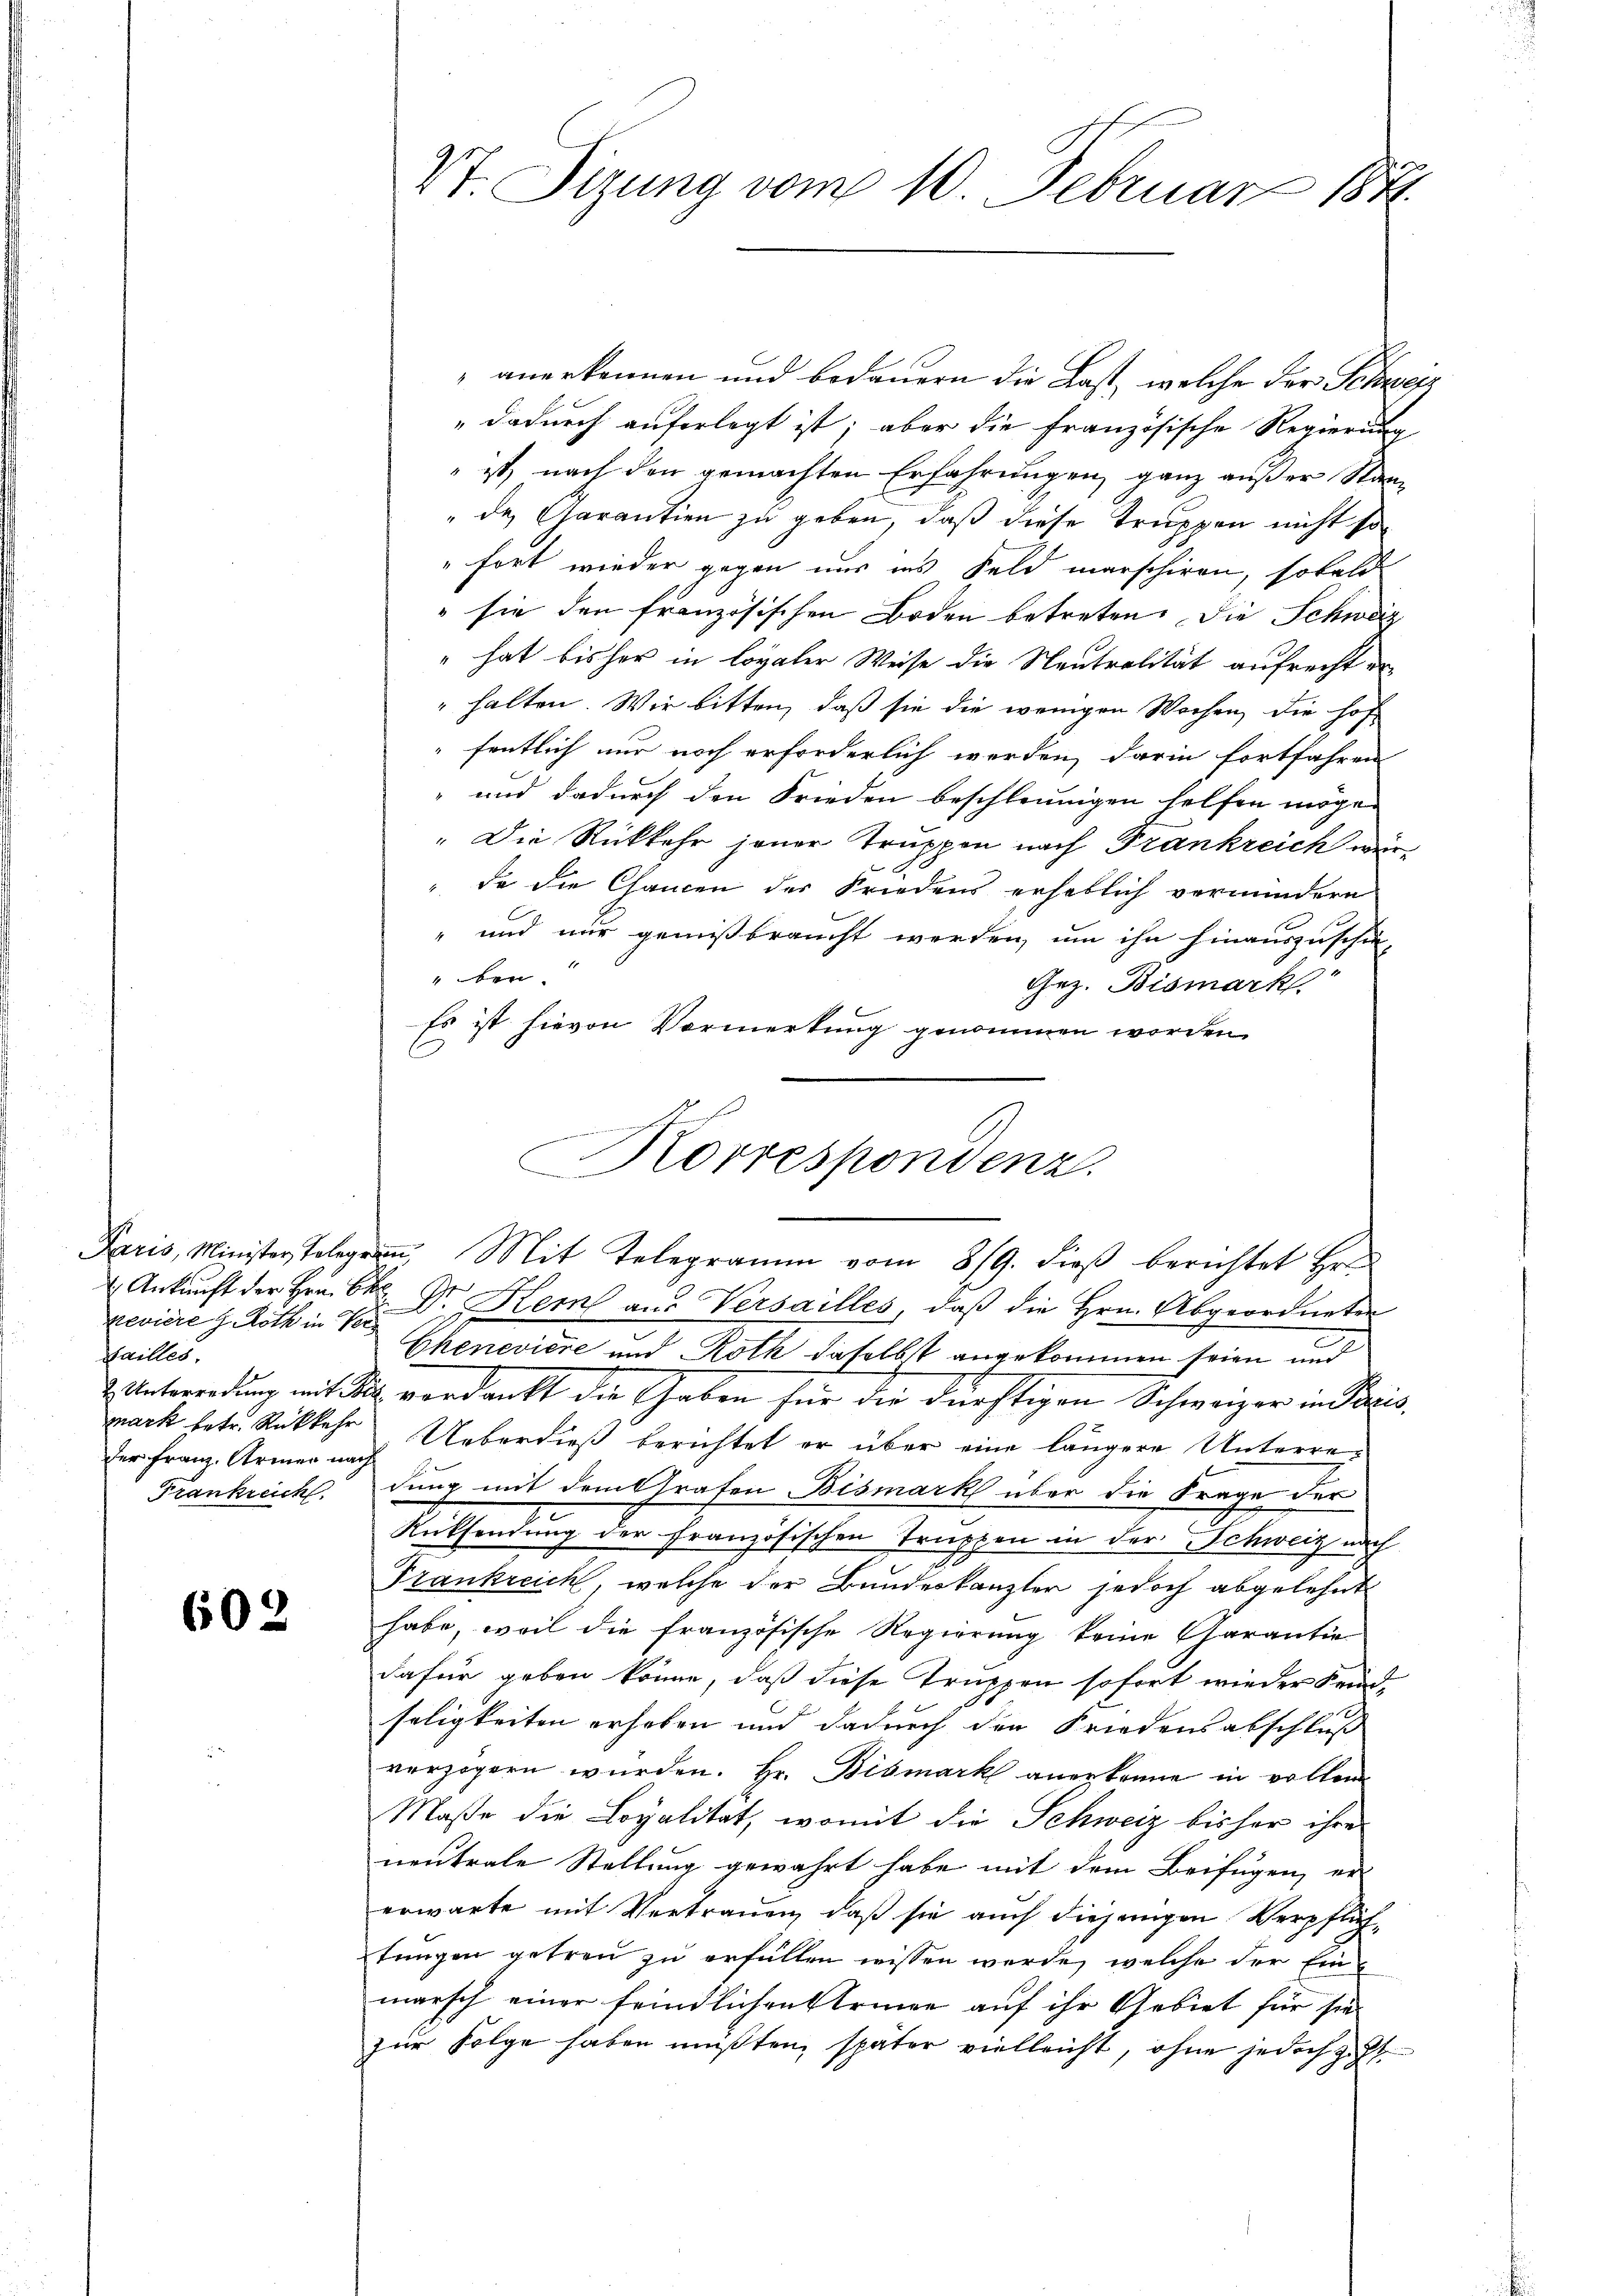
Paris, Minister, Telegr
 Ankunft der Hrn. B.
reviere G. Roth in Ver¬
Hailles,
2 Unterredung mit Be
mark betr. Rückkehr
der Franz. Armen nach
Frankreich

602

Vt. Sizung vom 10. Februar 1841.

anerkennen und bedauern die Last, welche der Schweiz
" dadurch auferlegt ist; aber die französische Regierung
ist nach den gemachten Erfahrungen, ganz außer Stan¬
" des Garantien zu geben, daß diese Truppen nicht so
"fort wieder gegen uns ins Feld marschiren, sobald
 sie den französischen Boden betreten. Die Schweiz
" hat bisher in loyaler Weise die Neutralität aufrecht er¬
" halten. Wir bitten, daß sie die wenigen Wochen, die Hof
fentlich nur noch erforderlich werden, darin fortfahren
" und dadurch den Frieden beschleunigen helfen möge.
" Die Rückkehr jener Truppen nach Frankreich wir
de die Chancen der Friedens erheblich vermindern
" und nur gemißbraucht werden, um ihn hinauszuschie-
ben.
Gez. Bismark
Es ist hievon Vormerkung genommen worden.
t
Dr. Kem an Versailles, daβ die Hrn. Abgeordneten
.
Chenevière und Roth daselbst angekommen seien und
2 verdankt die Gaben für die dürftigen Schweizer in Paris
Ueberdieß berichtet er über eine längere Unterredung mit dem Grafen Bismark über die Frage der
Rücksendung der französischen Truppen in der Schweiz nach
Frankreich, welche der Bundeskanzler jedoch abgelehnt
habe, weil die französische Regierung keine Garantie
dafür geben könne, daß diese Truppen sofort wieder Feind
seligkeiten erhoben und dadurch den Friedensabschluß
verzögern wurden. Hr. Bismark anerkenne in vollen
Maße die Loyalität, womit die Schweiz bisher ihre
neutrale Stellung gewahrt habe mit dem Beifügen, er
erwarte mit Vertrauen, daß sie auch diejenigen Verpflichtungen getreu zu erfüllen wissen werde, welche der Einmarsch einer feindlichen Armee auf ihr Gebiet für sie
zur Folge haben müßten, später vielleicht, ohne jedoch zust

.
Korrespondenz.
un. Mit Telegramm vom 8/9. dieβ berichtet Hr.